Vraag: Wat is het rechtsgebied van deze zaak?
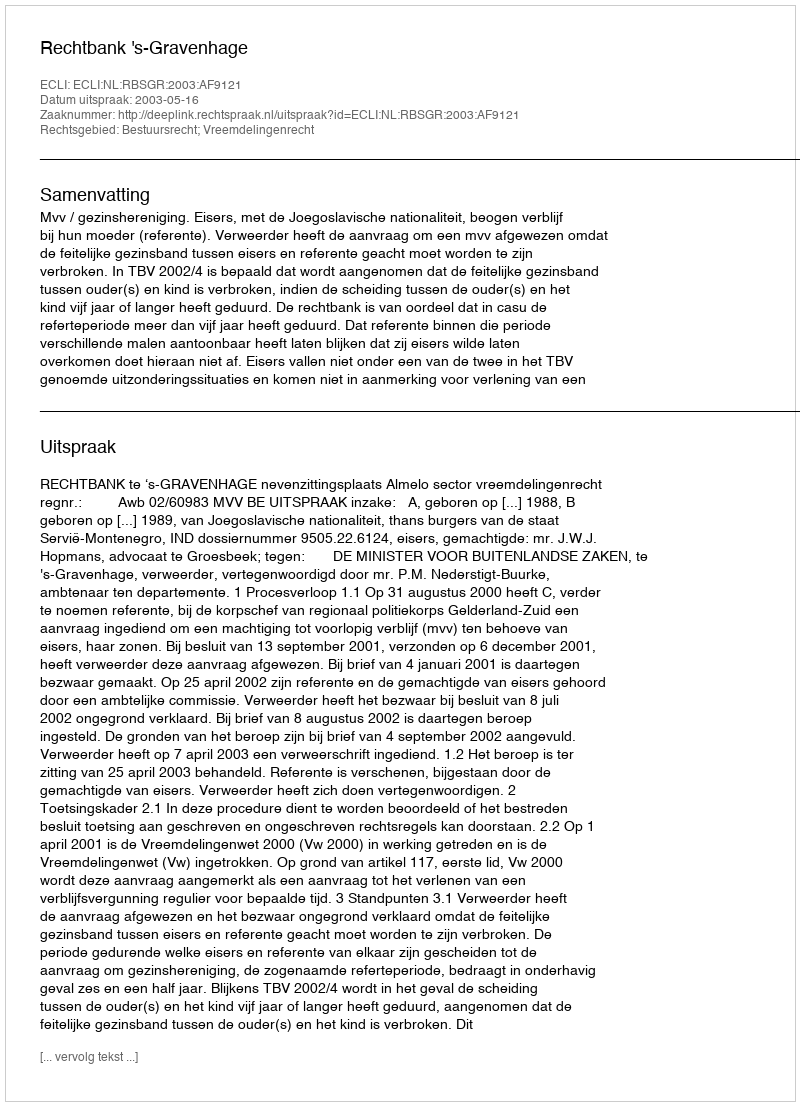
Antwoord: Bestuursrecht; Vreemdelingenrecht